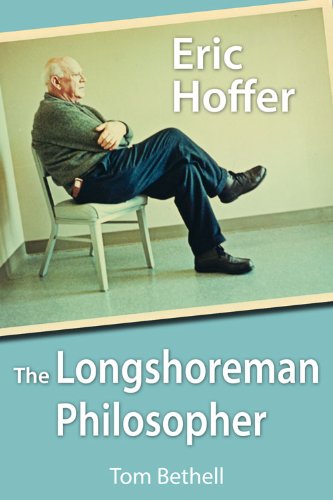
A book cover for Eric Hoffer: The Longshoreman Philosopher (Hoover Institution Press Publication); Tom Bethell; Biographies & Memoirs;